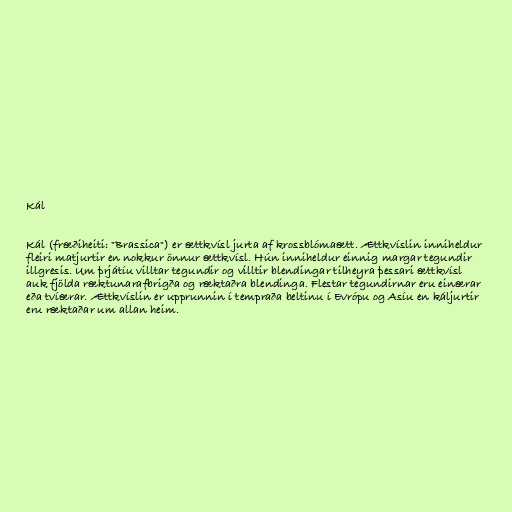
Kál

Kál (fræðiheiti: "Brassica") er ættkvísl jurta af krossblómaætt. Ættkvíslin inniheldur
fleiri matjurtir en nokkur önnur ættkvísl. Hún inniheldur einnig margar tegundir
illgresis. Um þrjátíu villtar tegundir og villtir blendingar tilheyra þessari ættkvísl
auk fjölda ræktunarafbrigða og ræktaðra blendinga. Flestar tegundirnar eru einærar
eða tvíærar. Ættkvíslin er upprunnin í tempraða beltinu í Evrópu og Asíu en káljurtir
eru ræktaðar um allan heim.